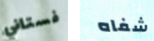
فستاني شفاه